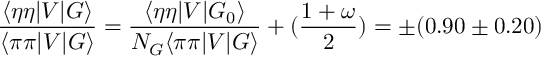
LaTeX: \frac { \langle \eta \eta | V | G \rangle } { \langle \pi \pi | V | G \rangle } = \frac { \langle \eta \eta | V | G _ { 0 } \rangle } { N _ { G } \langle \pi \pi | V | G \rangle } + ( \frac { 1 + \omega } { 2 } ) = \pm ( 0 . 9 0 \pm 0 . 2 0 )